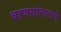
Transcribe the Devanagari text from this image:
वाणसामानाचे